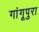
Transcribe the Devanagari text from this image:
गांगूपुरा